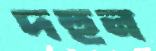
দহুন